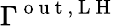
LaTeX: \Gamma^{\mathrm{~o~u~t~,~L~H~}}